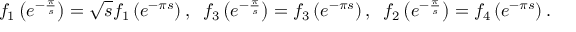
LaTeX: f _ { 1 } \left( e ^ { - \frac { \pi } { s } } \right) = \sqrt { s } f _ { 1 } \left( e ^ { - \pi s } \right) , \; \; f _ { 3 } \left( e ^ { - \frac { \pi } { s } } \right) = f _ { 3 } \left( e ^ { - \pi s } \right) , \; \; f _ { 2 } \left( e ^ { - \frac { \pi } { s } } \right) = f _ { 4 } \left( e ^ { - \pi s } \right) .